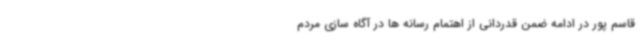
قاسم پور در ادامه ضمن قدردانی از اهتمام رسانه ها در آگاه سازی مردم